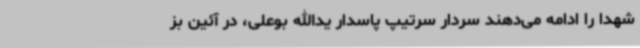
شهدا را ادامه می‌دهند سردار سرتیپ پاسدار یدالله بوعلی، در آئین بز